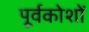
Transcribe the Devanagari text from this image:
पूर्वकोशों